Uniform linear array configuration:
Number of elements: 24
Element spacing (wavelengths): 0.5
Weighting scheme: uniform
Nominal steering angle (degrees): -15
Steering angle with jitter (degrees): -13.373
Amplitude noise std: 0.05
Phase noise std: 0.05

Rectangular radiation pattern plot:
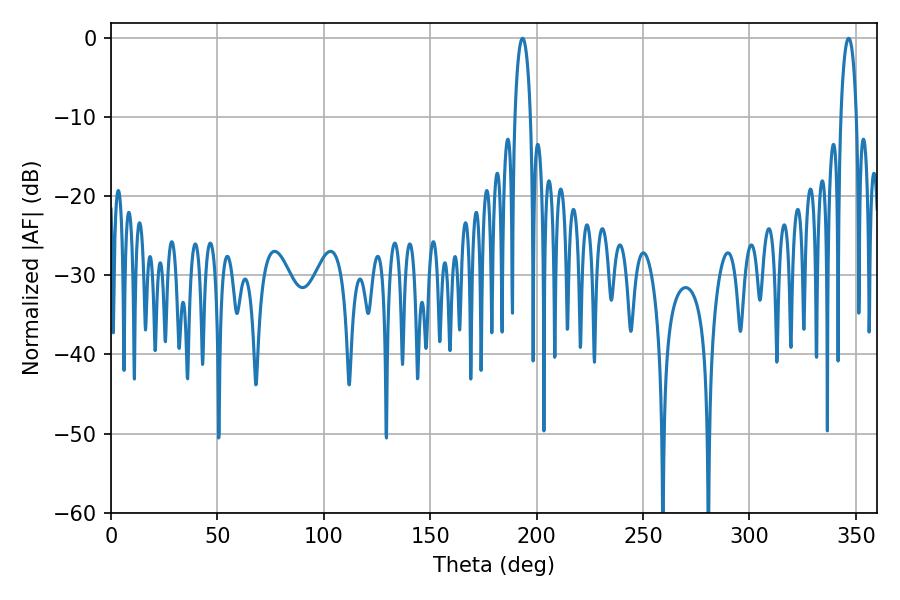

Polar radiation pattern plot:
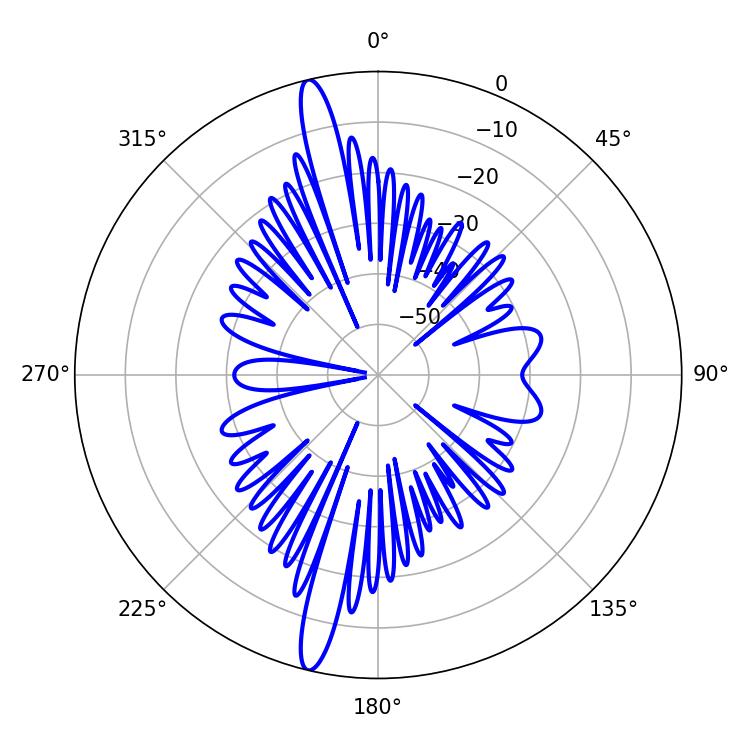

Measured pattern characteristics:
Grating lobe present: FALSE
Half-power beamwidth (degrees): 4.14
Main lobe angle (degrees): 193.32